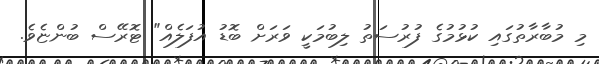
މި މުބާރާތުގައި ކުޅުމުގެ ފުރުސަތު ލިބުމަކީ ވަރަށް ބޮޑު އުފަލެއް" ޓޮރޭސް ބުންޏެވެ.